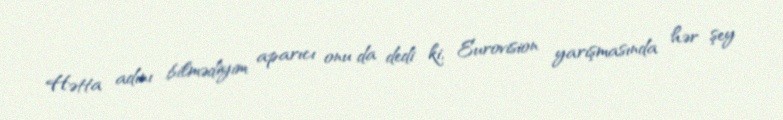
Hətta adını bilmədiyim aparıcı onu da dedi ki, Eurovision yarışmasında hər şey